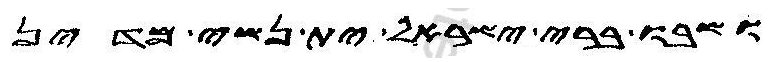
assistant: ושבו ברי ישראל ית נשי מדין